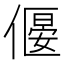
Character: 𠍾